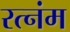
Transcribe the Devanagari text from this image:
रत्नंम